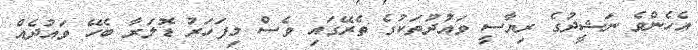
އެހެންވެ ނަޝީދުގެ ރިޔާސީ ވައުދުތަކުގެ ތެރޭގައި ވެސް މިފަހަރު ޑޮލަރާ ބެހޭ ވައުދެއް